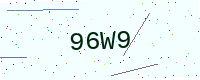
Text: 96W9